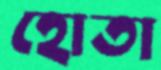
হোতা